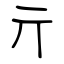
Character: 亓